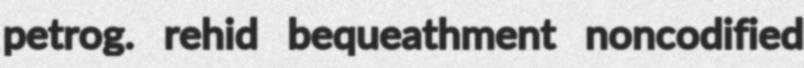
petrog. rehid bequeathment noncodified